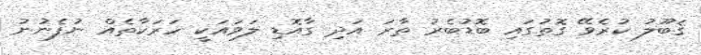
ޤަބޫލު ކުރެވޭ ގޮތުގައި ބޮޑުބެރު ތާރަ އަދި ގާއޮޑި ލަވައަކީ ހަރަކާތެއް ނުފެނުނު